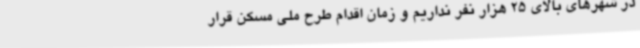
در شهرهای بالای 25 هزار نفر نداریم و زمان اقدام طرح ملی مسکن قرار